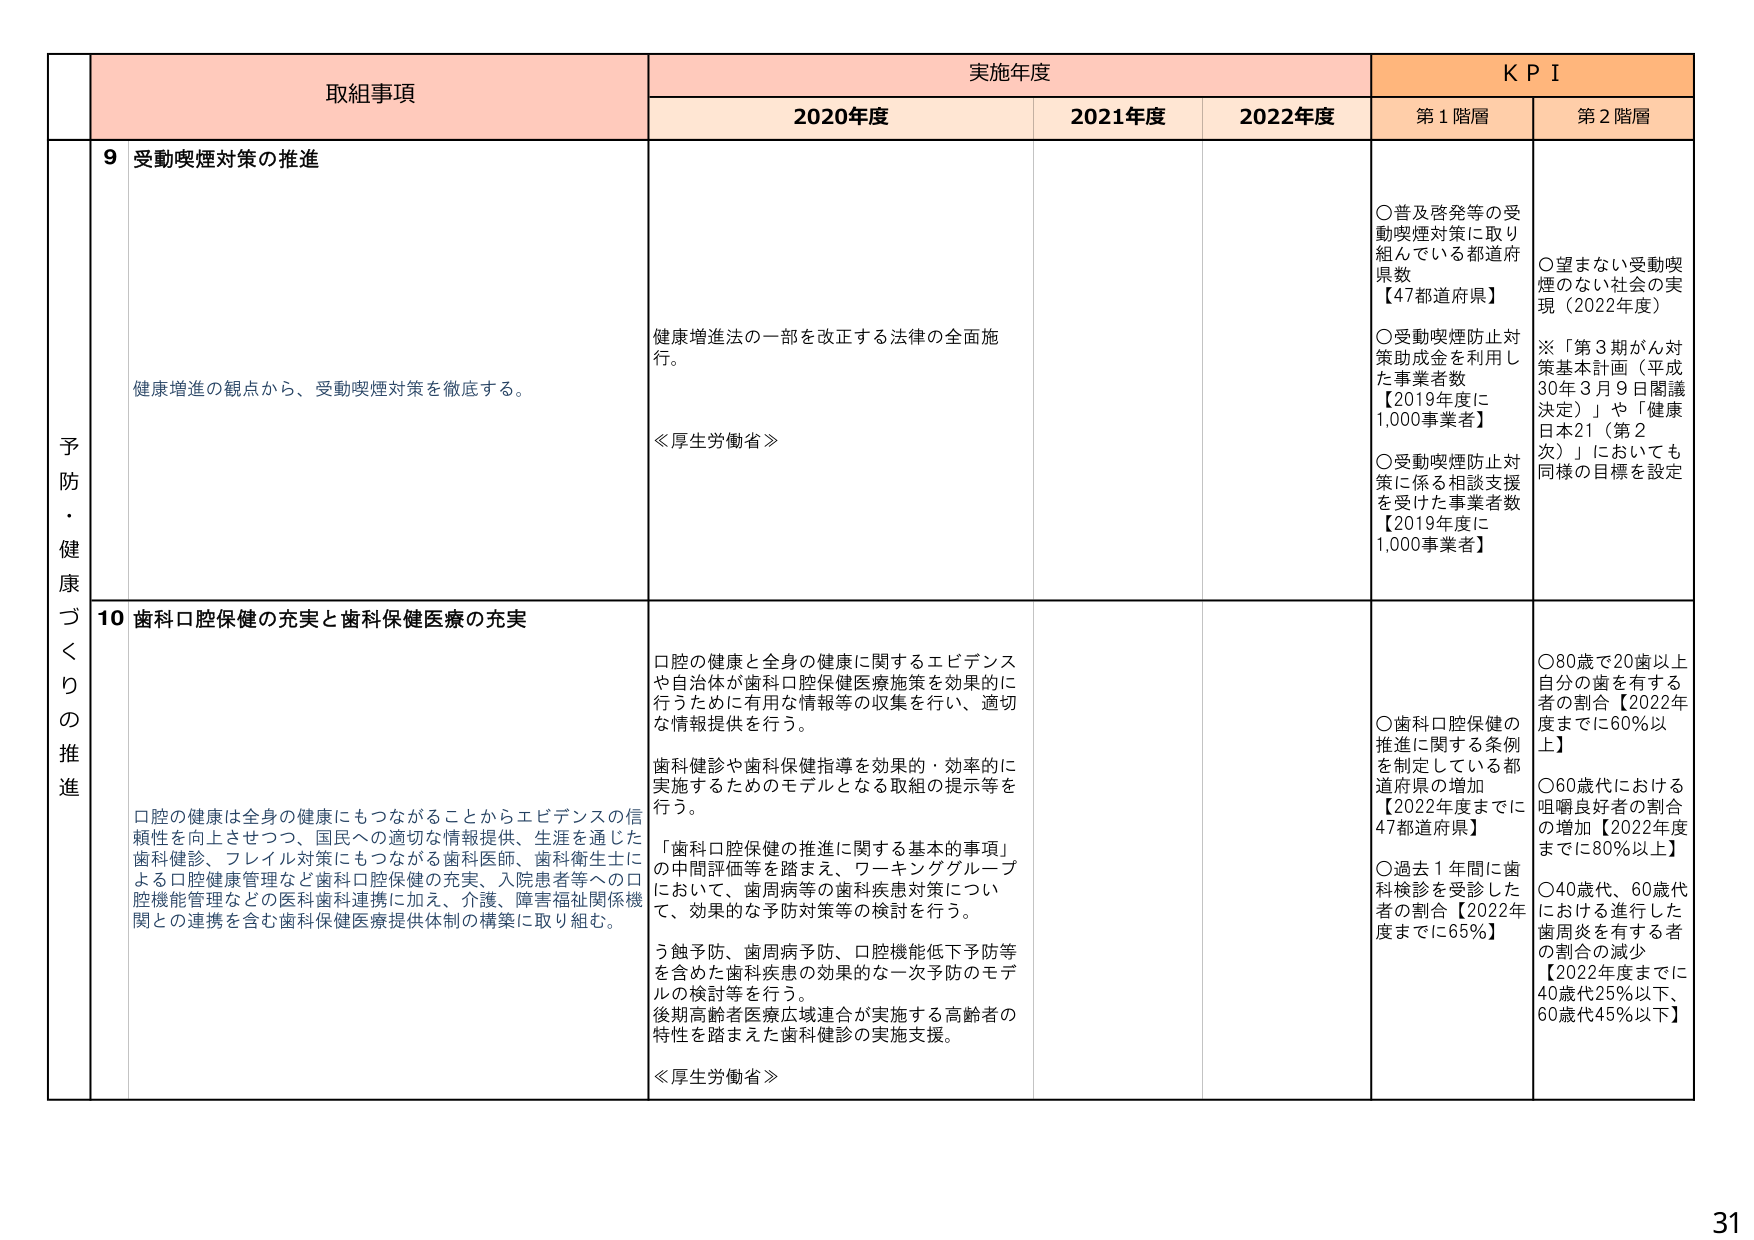
予防・健康づくりの推進

取組事項

実施年度

KPI

2020年度

2021年度

2022年度

第1階層

第2階層

9 受動喫煙対策の推進

健康増進の観点から、受動喫煙対策を徹底する。

健康増進法の一部を改正する法律の全面施行。

≪厚生労働省≫

○普及啓発等の受動喫煙対策に取り組んでいる都道府県数【47都道府県】

○受動喫煙防止対策助成金を利用した事業者数【2019年度に1,000事業者】

○受動喫煙防止対策に係る相談支援を受けた事業者数【2019年度に1,000事業者】

○望まない受動喫煙のない社会の実現（2022年度）

※「第3期がん対策基本計画（平成30年3月9日閣議決定）」や「健康日本21（第2次）」においても同様の目標を設定

10 歯科口腔保健の充実と歯科保健医療の充実

口腔の健康は全身の健康にもつながることからエビデンスの信頼性を向上させつつ、国民への適切な情報提供、生涯を通じた歯科健診、フレイル対策にもつながる歯科医師、歯科衛生士による口腔健康管理など歯科口腔保健の充実、入院患者等への口腔機能管理などの医科歯科連携に加え、介護、障害福祉関係機関との連携を含む歯科保健医療提供体制の構築に取り組む。

口腔の健康と全身の健康に関するエビデンスや自治体が歯科口腔保健医療施策を効果的に行うために有用な情報等の収集を行い、適切な情報提供を行う。

歯科健診や歯科保健指導を効果的・効率的に実施するためのモデルとなる取組の提示等を行う。

「歯科口腔保健の推進に関する基本的事項」の中間評価等を踏まえ、ワーキンググループにおいて、歯周病等の歯科疾患対策について、効果的な予防対策等の検討を行う。

う蝕予防、歯周病予防、口腔機能低下予防等を含めた歯科疾患の効果的な一次予防のモデルの検討等を行う。

後期高齢者医療広域連合が実施する高齢者の特性を踏まえた歯科健診の実施支援。

≪厚生労働省≫

○歯科口腔保健の推進に関する条例を制定している都道府県の増加【2022年度までに47都道府県】

○過去1年間に歯科検診を受診した者の割合【2022年度までに65％】

○80歳で20歯以上自分の歯を有する者の割合【2022年度までに60％以上】

○60歳代における咀嚼良好者の割合の増加【2022年度までに80％以上】

○40歳代、60歳代における進行した歯周炎を有する者の割合の減少【2022年度までに40歳代25％以下、60歳代45％以下】

31